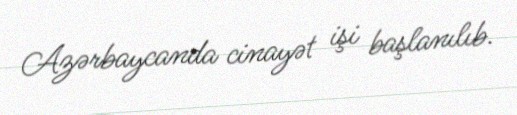
Azərbaycanda cinayət işi başlanılıb.